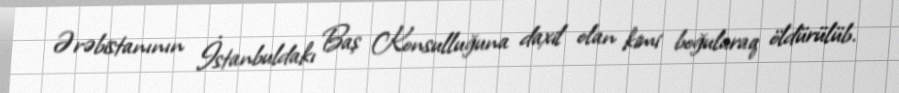
Ərəbistanının İstanbuldakı Baş Konsulluğuna daxil olan kimi boğularaq öldürülüb.